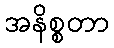
အနိစ္စတာ